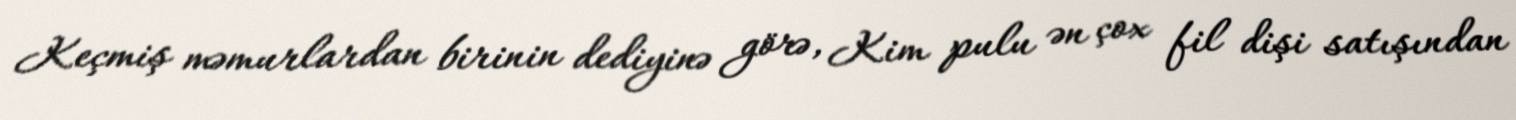
Keçmiş məmurlardan birinin dediyinə görə, Kim pulu ən çox fil dişi satışından